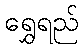
ရွှေရည်